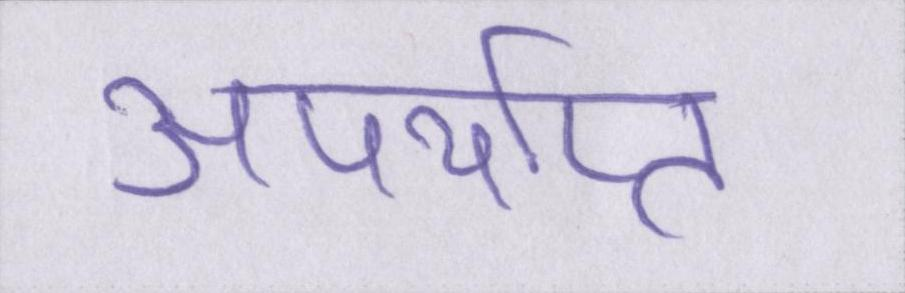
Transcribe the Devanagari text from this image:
अपर्याप्त